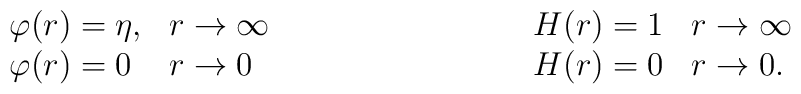
\begin{array}{ll} \varphi(r) = \eta , & r \rightarrow\infty \\ \varphi(r) =0 & r \rightarrow 0 \end{array} \hspace{3 true cm}\begin{array}{ll} H(r) = 1 & r \rightarrow \infty \\ H(r) =0 & r\rightarrow 0.  \end{array}